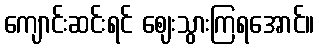
ကျောင်းဆင်းရင် ဈေးသွားကြရအောင်။